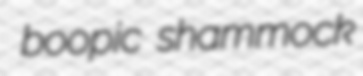
boopic shammock